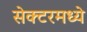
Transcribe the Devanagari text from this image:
सेक्टरमध्ये